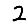
Digit: 2